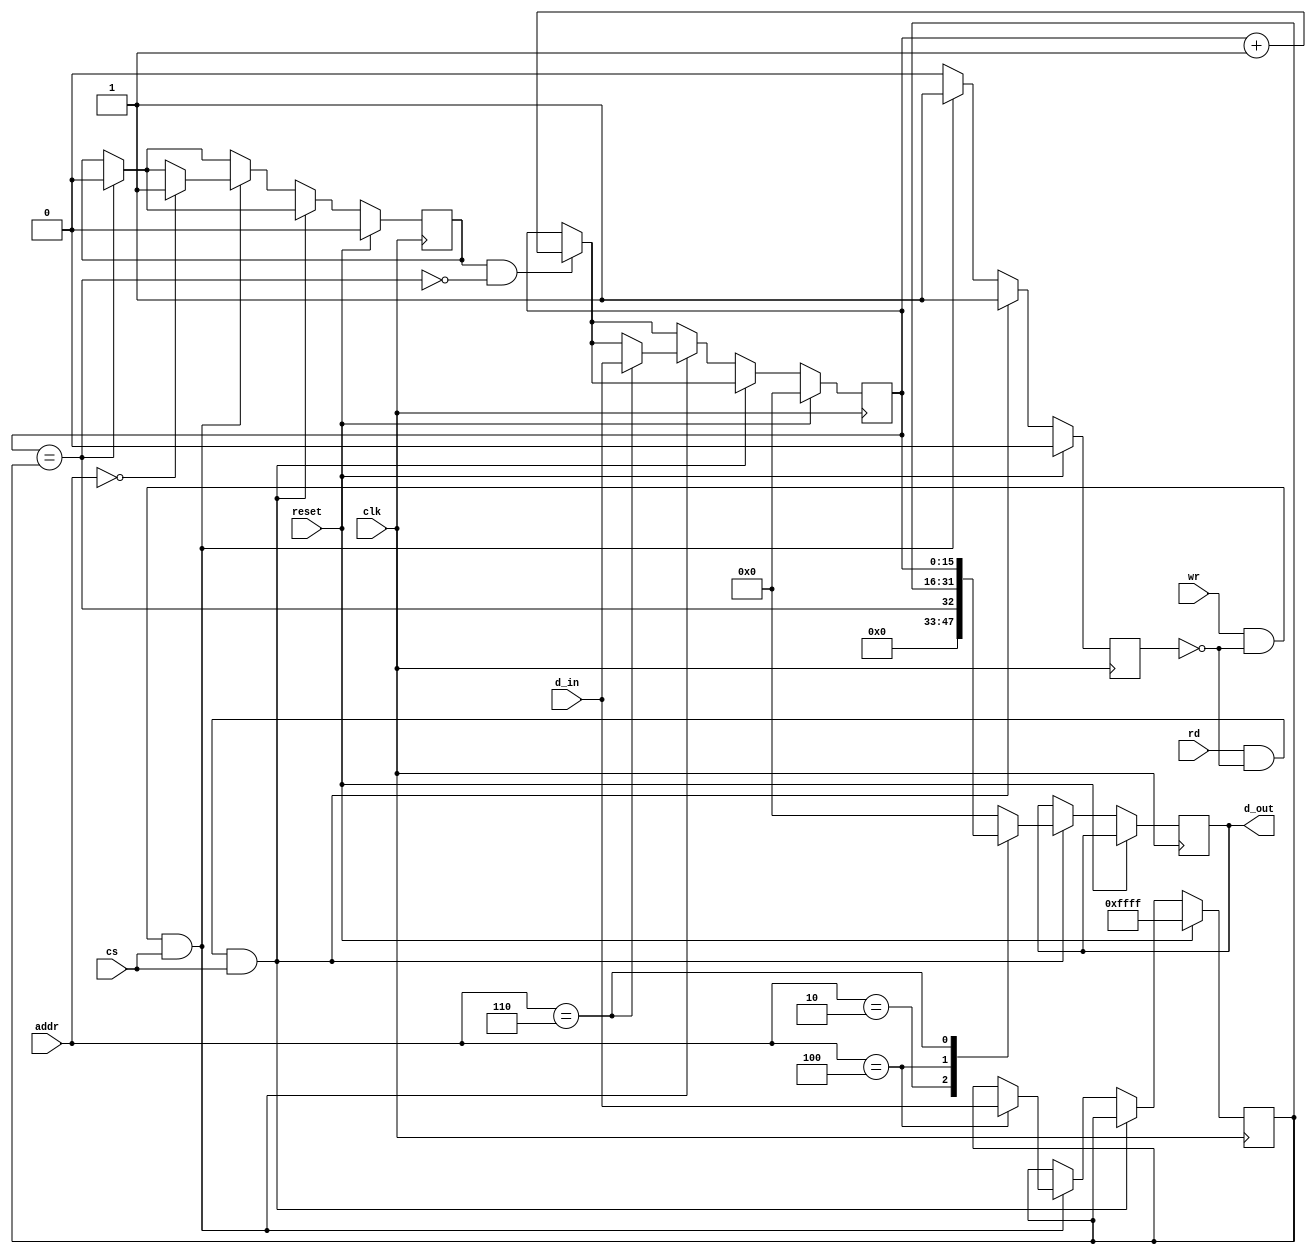
//---------------------------------------------------------------------------
//
// Timer
//
// Register Description:
//
//    0x00 ENABLE
//    0x02 MATCH
//    0x04 COMPARE
//    0x06 COUNTER
//
//   EN i  (rw)   if set to '1', COUNTERX counts upwards until it reaches
//                COMPAREX
//
//---------------------------------------------------------------------------

module peripheral_timer #(
	parameter          clk_freq = 100000000
) ( clk, reset, d_in, cs, addr, rd, wr, d_out);
	input              clk;
	input              reset;
	input [15:0] d_in;
	input cs;
	input [3:0] addr; // 4 LSB from j1_io_addr
  input rd;
  input wr;
  output reg [15:0] d_out;

//---------------------------------------------------------------------------
//
//---------------------------------------------------------------------------

reg  [15:0] counter0;

reg  [15:0] compare0;



wire match0 = (counter0 == compare0);
reg ar0 = 0; // no se autorecarga
reg ack;
reg en0;
wire p_rd;
wire p_wr;

assign p_rd =  rd & ~ack & cs;
assign p_wr =  wr & ~ack & cs;

always @(posedge clk)
begin
	if (reset) begin
		en0      <= 0;
		ack      <= 0;
		counter0 <= 0;
		compare0 <= 16'hFFFF;


	end else begin

	  if ( en0 & ~match0) counter0 <= counter0 + 1;
  	if ( ar0 &  match0) counter0 <= 1;
		if (~ar0 &  match0) en0      <= 0;



		ack    <= 0;

		if (p_rd) begin           // read cycle
			ack <= 1;

			case (addr[3:0])
			'h02: d_out <= match0;
			'h04: d_out <= compare0;
			'h06: d_out <= counter0;
			default: d_out <= 16'b0;
			endcase
		end else if (p_wr) begin // write cycle
			ack <= 1;

			case (addr[3:0])
			'h00: en0 <= 1;
			'h04: compare0 <= d_in;
			'h06: counter0 <= d_in;
			endcase
		end
	end
end


endmodule